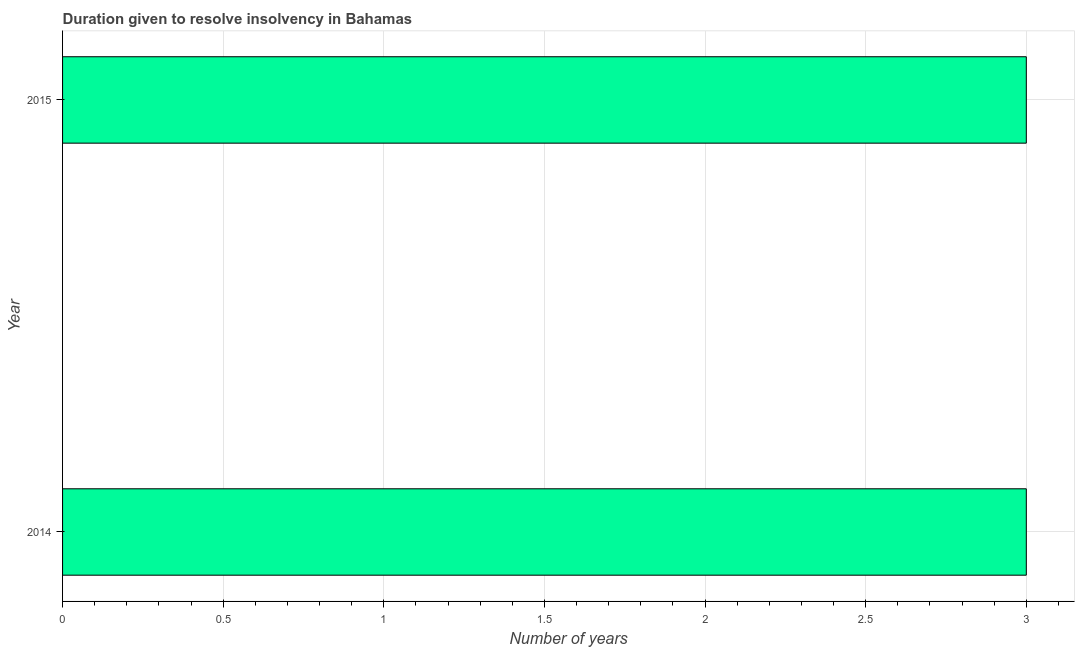
| Year | Resolve insolvency |
 | --- | --- |
 | 2014 | 3 |
 | 2015 | 3 |